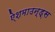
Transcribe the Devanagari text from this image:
ऐशमाउन्ड्स